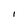
Character: l